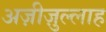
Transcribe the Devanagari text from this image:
अज़ीज़ुल्लाह